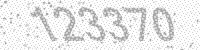
Solution: 123370